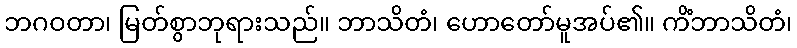
ဘဂဝတာ၊ မြတ်စွာဘုရားသည်။ ဘာသိတံ၊ ဟောတော်မူအပ်၏။ ကိံဘာသိတံ၊